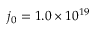
j _ { 0 } = 1 . 0 \times 1 0 ^ { 1 9 }